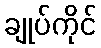
ချုပ်ကိုင်